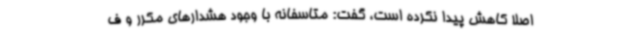
اصلا کاهش پیدا نکرده است، گفت: متاسفانه با وجود هشدارهای مکرر و ف